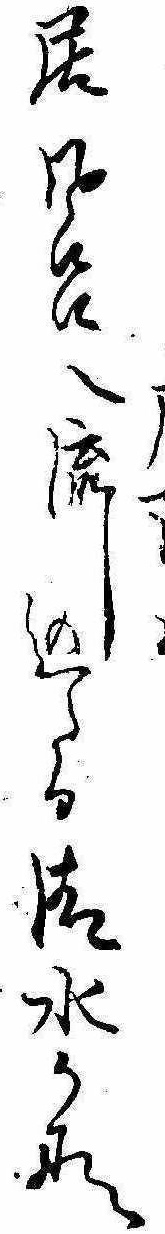
居風呂へ流し込たる清水かな